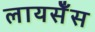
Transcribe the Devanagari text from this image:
लायसेँस